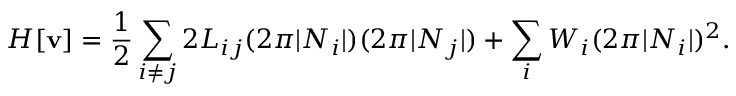
H [ { \bf v } ] = \frac { 1 } { 2 } \sum _ { i \neq j } 2 { \cal L } _ { i j } ( 2 \pi | N _ { i } | ) ( 2 \pi | N _ { j } | ) + \sum _ { i } { \cal W } _ { i } ( 2 \pi | N _ { i } | ) ^ { 2 } .